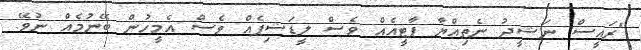
"ރައީސް ނަޝީދު ނެތިއްޔާ ޕާޓީއެއް ވެސް ލީޑަޝިޕެއް ވެސް އެމީހުން ބޭނުމެއް ނުވޭ.